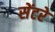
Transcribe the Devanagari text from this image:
सेंटरे